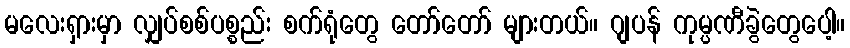
မလေးရှားမှာ လျှပ်စစ်ပစ္စည်း စက်ရုံတွေ တော်တော် များတယ်။ ဂျပန် ကုမ္ပဏီခွဲတွေပေါ့။